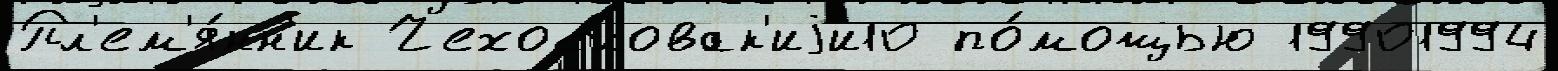
Пл'ем'я́нн'ик Чехословак'иjи10 по́мощью 19901994